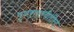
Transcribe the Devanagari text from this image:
पुनरावृत्तीतील